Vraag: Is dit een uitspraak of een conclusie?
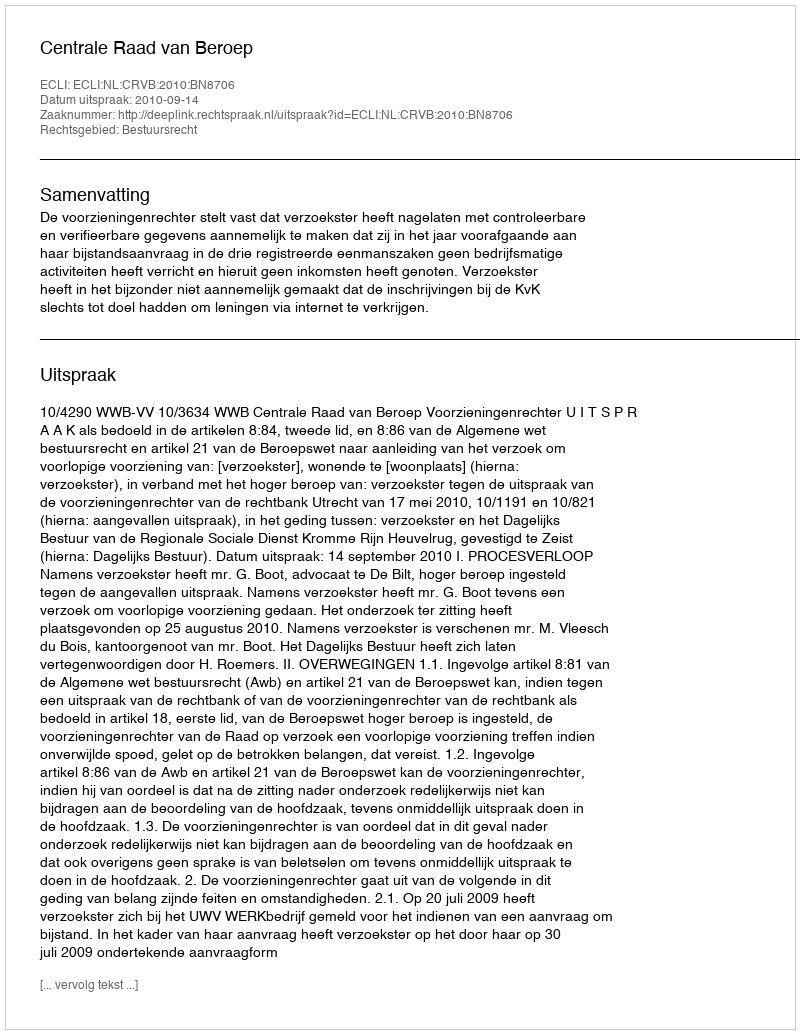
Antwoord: Uitspraak